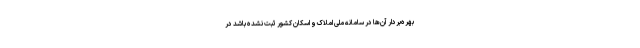
بهره‌بردار آن‌ها در سامانه ملی املاک و اسکان کشور ثبت نشده باشد در